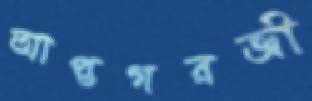
আপ্তগরজী